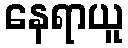
နေရာယူ